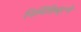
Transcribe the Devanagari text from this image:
निर्मितिमूल्ये